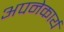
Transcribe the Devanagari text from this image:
अपनेकार्य